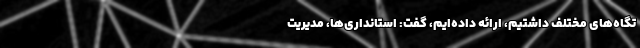
تگاه‌های مختلف داشتیم، ارائه داده‌ایم، گفت: استانداری‌ها، مدیریت